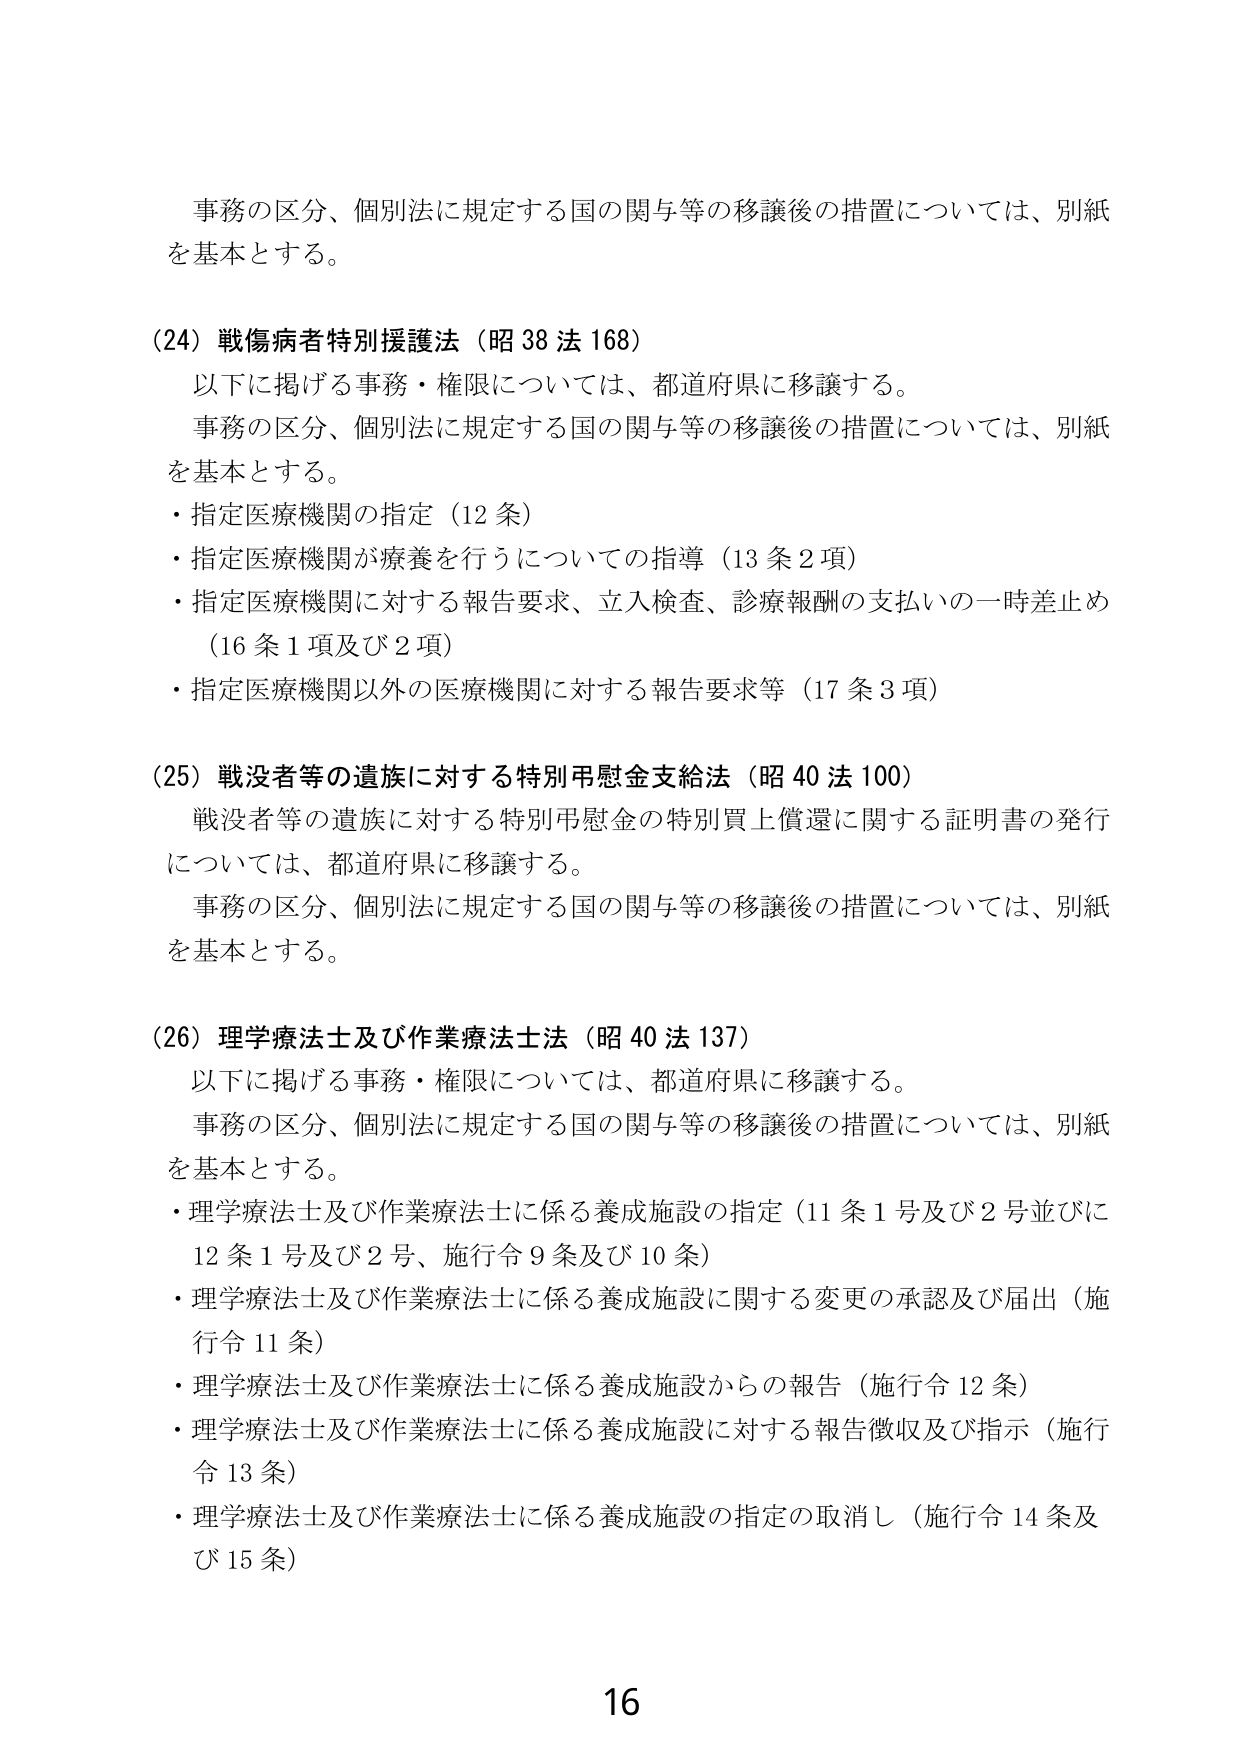
事務の区分、個別法に規定する国の関与等の移譲後の措置については、別紙を基本とする。

(24) 戦傷病者特別援護法（昭38法168）
　以下に掲げる事務・権限については、都道府県に移譲する。
　事務の区分、個別法に規定する国の関与等の移譲後の措置については、別紙を基本とする。
・指定医療機関の指定（12条）
・指定医療機関が療養を行うについての指導（13条2項）
・指定医療機関に対する報告要求、立入検査、診療報酬の支払いの一時差止め（16条1項及び2項）
・指定医療機関以外の医療機関に対する報告要求等（17条3項）

(25) 戦没者等の遺族に対する特別弔慰金支給法（昭40法100）
　戦没者等の遺族に対する特別弔慰金の特別買上償還に関する証明書の発行については、都道府県に移譲する。
　事務の区分、個別法に規定する国の関与等の移譲後の措置については、別紙を基本とする。

(26) 理学療法士及び作業療法士法（昭40法137）
　以下に掲げる事務・権限については、都道府県に移譲する。
　事務の区分、個別法に規定する国の関与等の移譲後の措置については、別紙を基本とする。
・理学療法士及び作業療法士に係る養成施設の指定（11条1号及び2号並びに12条1号及び2号、施行令9条及び10条）
・理学療法士及び作業療法士に係る養成施設に関する変更の承認及び届出（施行令11条）
・理学療法士及び作業療法士に係る養成施設からの報告（施行令12条）
・理学療法士及び作業療法士に係る養成施設に対する報告徴収及び指示（施行令13条）
・理学療法士及び作業療法士に係る養成施設の指定の取消し（施行令14条及び15条）

16